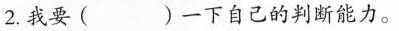
2.我要( )一下自己的判断能力。